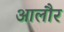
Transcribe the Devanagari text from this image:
आलौर